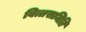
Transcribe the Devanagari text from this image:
वित्तसमिति